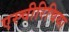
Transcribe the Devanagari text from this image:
एस्चीरिचिया